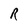
Character: R